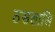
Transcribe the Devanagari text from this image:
ठसलासि